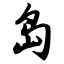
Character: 岛